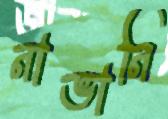
নাভানি